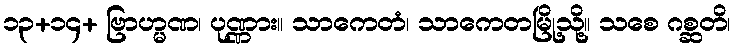
၁၃+၁၄+ ဗြာဟ္မဏ၊ ပုဏ္ဏား။ သာကေတံ၊ သာကေတမြို့သို့။ သစေ ဂစ္ဆတိ၊